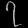
Digit: ၇